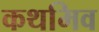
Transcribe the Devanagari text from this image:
कथमिव